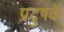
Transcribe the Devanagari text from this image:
प्रदुषके